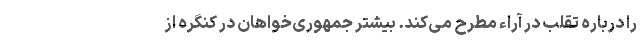
را درباره تقلب در آراء مطرح می‌کند. بیشتر جمهوری‌خواهان در کنگره از